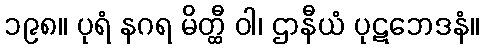
၁၉၈။ ပုရံ နဂရ မိတ္ထီ ဝါ၊ ဌာနီယံ ပုဋဘေဒနံ။